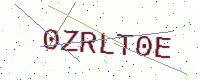
Text: 0ZRLT0E